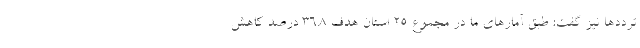
ترددها نیز گفت: طبق آمارهای ما در مجموع ۲۵ استان هدف ۳۶.۸ درصد کاهش